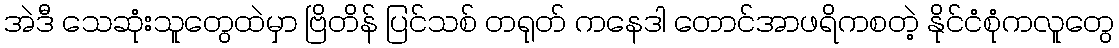
အဲဒီ သေဆုံးသူတွေထဲမှာ ဗြိတိန် ပြင်သစ် တရုတ် ကနေဒါ တောင်အာဖရိကစတဲ့ နိုင်ငံစုံကလူတွေ